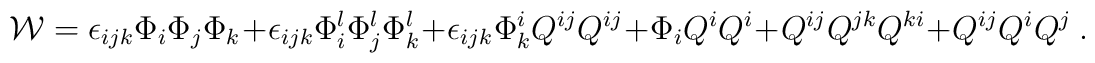
{\cal W}=\epsilon_{ijk}\Phi_i\Phi_j\Phi_k +  \epsilon_{ijk}\Phi^l_i\Phi^l_j\Phi^l_k + \epsilon_{ijk}\Phi^i_k Q^{ij} Q^{ij} + \Phi_i Q^i Q^i+ Q^{ij} Q^{jk} Q^{ki} + Q^{ij} Q^i Q^j~.